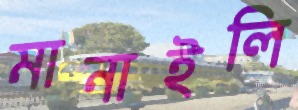
মানাইলি